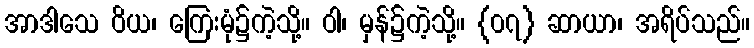
အာဒါသေ ဝိယ၊ ကြေးမုံ၌ကဲ့သို့။ ဝါ၊ မှန်၌ကဲ့သို့။ {၀၇} ဆာယာ၊ အရိပ်သည်။